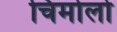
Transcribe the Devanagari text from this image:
चिमोलो